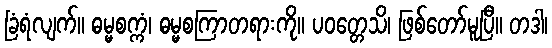
ခြံရံလျက်။ ဓမ္မစက္ကံ၊ ဓမ္မစကြာတရားကို။ ပဝတ္တေသိ၊ ဖြစ်တော်မူပြီ။ တဒါ၊